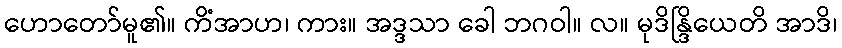
ဟောတော်မူ၏။ ကိံအာဟ၊ ကား။ အဒ္ဒသာ ခေါ ဘဂဝါ။ လ။ မုဒိန္ဒြိယေတိ အာဒိ၊